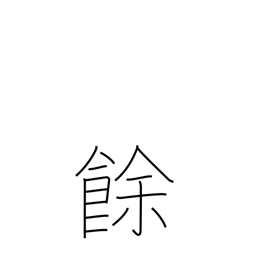
Meaning: excess